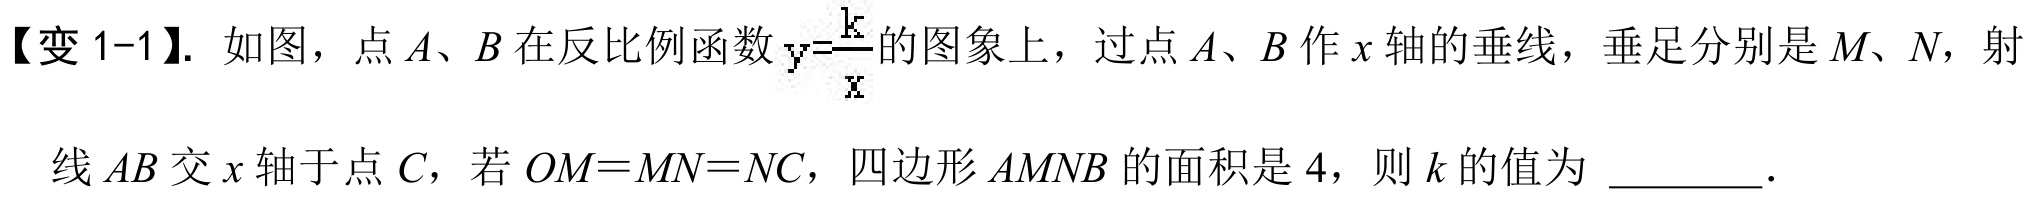
【变 1-1】. 如图，点 \(A\)、\(B\) 在反比例函数 \(y = \frac{k}{x}\) 的图象上，过点 \(A\)、\(B\) 作 \(x\) 轴的垂线，垂足分别是 \(M\)、\(N\)，射线 \(AB\) 交 \(x\) 轴于点 \(C\)，若 \(OM = MN=NC\)，四边形 \(AMNB\) 的面积是 \(4\)，则 \(k\) 的值为 \_\_\_\_\_。